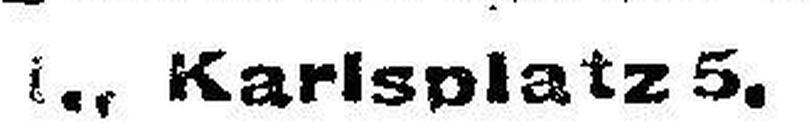
###., Karlsplatz 5.